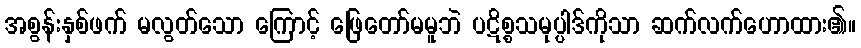
အစွန်းနှစ်ဖက် မလွတ်သော ကြောင့် ဖြေတော်မမူဘဲ ပဋိစ္စသမုပ္ပါဒ်ကိုသာ ဆက်လက်ဟောထား၏။